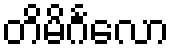
တိမိင်္ဂလော